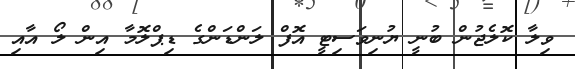
ވިލާ ކޮލެޖުން ބުނީ ޔުނިވަސިޓީ އޮފް ލަންޑަންގެ ޑިޕްލޮމާ އިން ލޯ އާއި